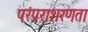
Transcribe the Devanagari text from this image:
परंपराशरणता